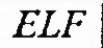
ELF